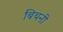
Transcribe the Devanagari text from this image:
बिथनी